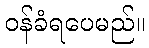
ဝန်ခံရပေမည်။